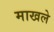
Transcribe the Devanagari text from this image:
माखले